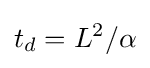
t_{d}=L^{2}/\alpha